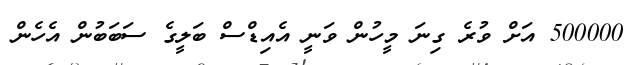
500000 އަށް ވުރެ ގިނަ މީހުން ވަނީ އެއިޑްސް ބަލީގެ ސަބަބުން އެހެން